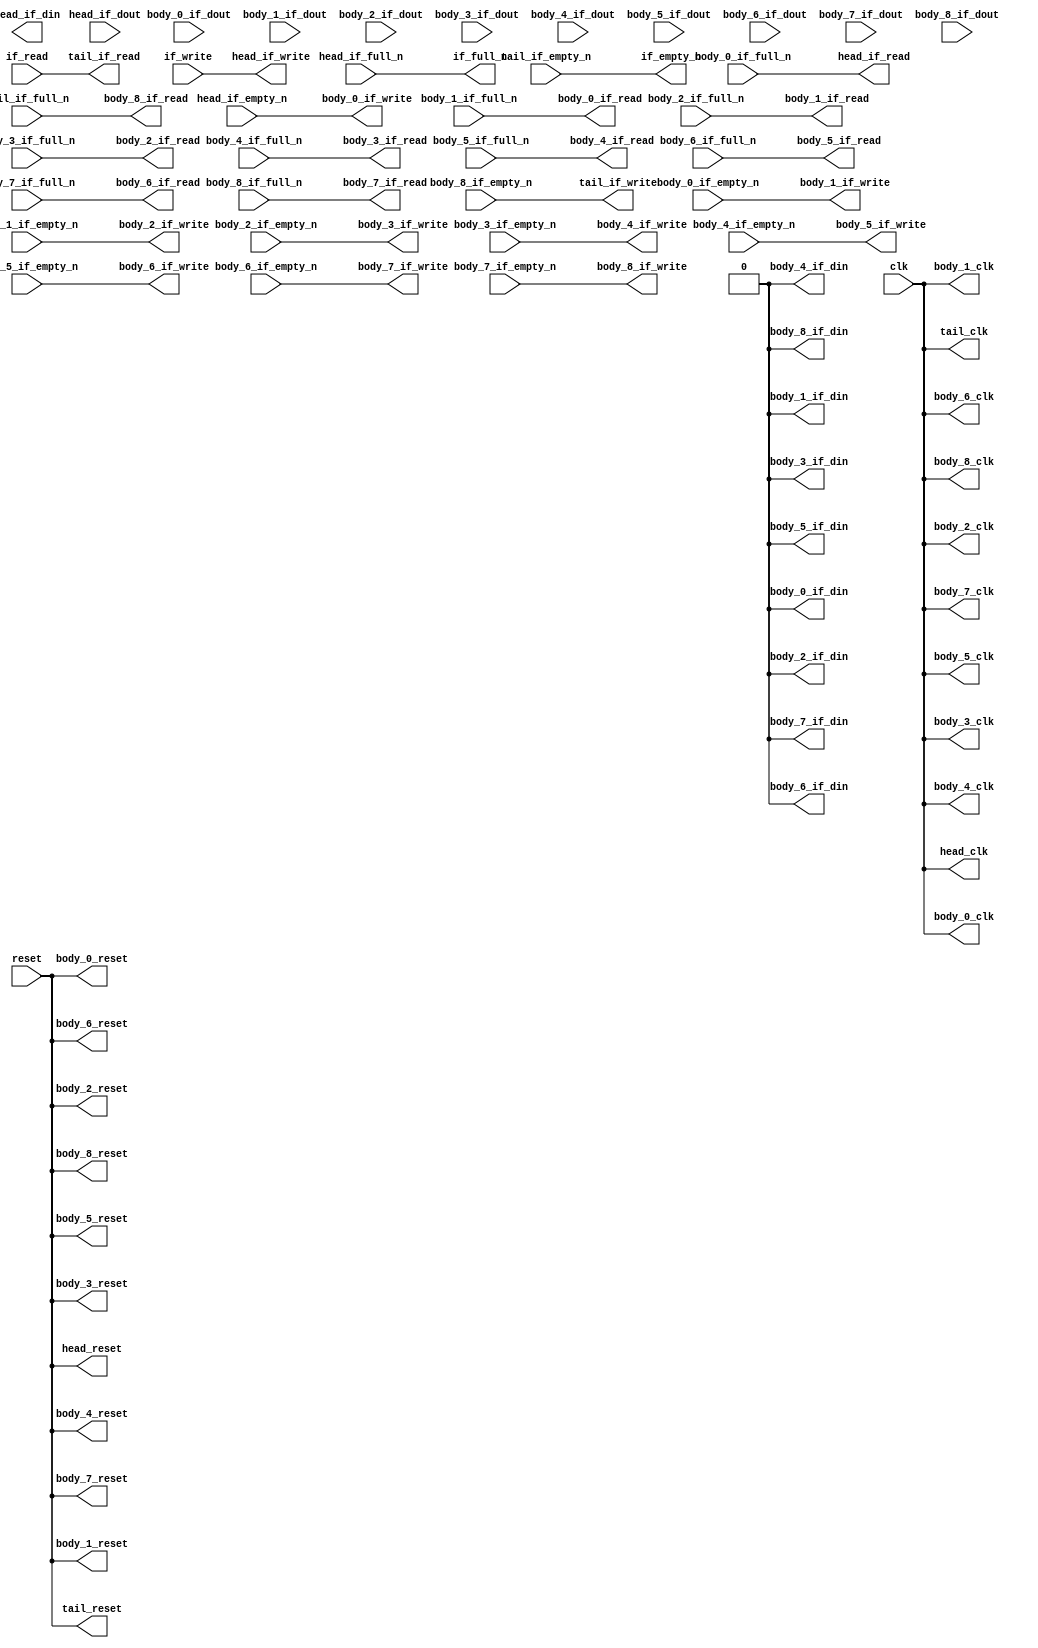
`timescale 1 ns / 1 ps
module __rs___rs_ap_ctrl_pipeline_aux #(
    parameter HEAD_LEVEL      = 0,
    parameter BODY_LEVEL      = 2,
    parameter TAIL_LEVEL      = 0,
    parameter __HEAD_REGION   = "",
    parameter __BODY_0_REGION = "",
    parameter __BODY_1_REGION = "",
    parameter __BODY_2_REGION = "",
    parameter __BODY_3_REGION = "",
    parameter __BODY_4_REGION = "",
    parameter __BODY_5_REGION = "",
    parameter __BODY_6_REGION = "",
    parameter __BODY_7_REGION = "",
    parameter __BODY_8_REGION = "",
    parameter __TAIL_REGION   = "",
    parameter GRACE_PERIOD    = ( BODY_LEVEL + HEAD_LEVEL + TAIL_LEVEL ) * 2
) (
    input wire        clk,
    input wire        reset,
    output wire       if_full_n,
    input wire        if_write,
    output wire       if_empty_n,
    input wire        if_read,
    output wire       head_clk,
    output wire [0:0] head_if_din,
    input wire  [0:0] head_if_dout,
    input wire        head_if_empty_n,
    input wire        head_if_full_n,
    output wire       head_if_read,
    output wire       head_if_write,
    output wire       head_reset,
    output wire       body_0_clk,
    output wire [0:0] body_0_if_din,
    input wire  [0:0] body_0_if_dout,
    input wire        body_0_if_empty_n,
    input wire        body_0_if_full_n,
    output wire       body_0_if_read,
    output wire       body_0_if_write,
    output wire       body_0_reset,
    output wire       body_1_clk,
    output wire [0:0] body_1_if_din,
    input wire  [0:0] body_1_if_dout,
    input wire        body_1_if_empty_n,
    input wire        body_1_if_full_n,
    output wire       body_1_if_read,
    output wire       body_1_if_write,
    output wire       body_1_reset,
    output wire       body_2_clk,
    output wire [0:0] body_2_if_din,
    input wire  [0:0] body_2_if_dout,
    input wire        body_2_if_empty_n,
    input wire        body_2_if_full_n,
    output wire       body_2_if_read,
    output wire       body_2_if_write,
    output wire       body_2_reset,
    output wire       body_3_clk,
    output wire [0:0] body_3_if_din,
    input wire  [0:0] body_3_if_dout,
    input wire        body_3_if_empty_n,
    input wire        body_3_if_full_n,
    output wire       body_3_if_read,
    output wire       body_3_if_write,
    output wire       body_3_reset,
    output wire       body_4_clk,
    output wire [0:0] body_4_if_din,
    input wire  [0:0] body_4_if_dout,
    input wire        body_4_if_empty_n,
    input wire        body_4_if_full_n,
    output wire       body_4_if_read,
    output wire       body_4_if_write,
    output wire       body_4_reset,
    output wire       body_5_clk,
    output wire [0:0] body_5_if_din,
    input wire  [0:0] body_5_if_dout,
    input wire        body_5_if_empty_n,
    input wire        body_5_if_full_n,
    output wire       body_5_if_read,
    output wire       body_5_if_write,
    output wire       body_5_reset,
    output wire       body_6_clk,
    output wire [0:0] body_6_if_din,
    input wire  [0:0] body_6_if_dout,
    input wire        body_6_if_empty_n,
    input wire        body_6_if_full_n,
    output wire       body_6_if_read,
    output wire       body_6_if_write,
    output wire       body_6_reset,
    output wire       body_7_clk,
    output wire [0:0] body_7_if_din,
    input wire  [0:0] body_7_if_dout,
    input wire        body_7_if_empty_n,
    input wire        body_7_if_full_n,
    output wire       body_7_if_read,
    output wire       body_7_if_write,
    output wire       body_7_reset,
    output wire       body_8_clk,
    output wire [0:0] body_8_if_din,
    input wire  [0:0] body_8_if_dout,
    input wire        body_8_if_empty_n,
    input wire        body_8_if_full_n,
    output wire       body_8_if_read,
    output wire       body_8_if_write,
    output wire       body_8_reset,
    output wire       tail_clk,
    input wire        tail_if_empty_n,
    input wire        tail_if_full_n,
    output wire       tail_if_read,
    output wire       tail_if_write,
    output wire       tail_reset
);
    wire                  body_outbound_0_valid;
    wire                  body_outbound_0_ready;
    wire                  body_outbound_1_valid;
    wire                  body_outbound_1_ready;
    wire                  body_outbound_2_valid;
    wire                  body_outbound_2_ready;
    wire                  body_outbound_3_valid;
    wire                  body_outbound_3_ready;
    wire                  body_outbound_4_valid;
    wire                  body_outbound_4_ready;
    wire                  body_outbound_5_valid;
    wire                  body_outbound_5_ready;
    wire                  body_outbound_6_valid;
    wire                  body_outbound_6_ready;
    wire                  body_outbound_7_valid;
    wire                  body_outbound_7_ready;
    wire                  body_outbound_8_valid;
    wire                  body_outbound_8_ready;
    wire                  body_outbound_9_valid;
    wire                  body_outbound_9_ready;
  assign head_clk = clk;
  assign body_outbound_0_valid = head_if_empty_n;
  assign if_full_n = head_if_full_n;
  assign head_if_read = body_outbound_0_ready;
  assign head_if_write = if_write;
  assign head_reset = reset;
  assign body_0_clk = clk;
  assign body_0_if_din = 1'b0;
  assign body_outbound_1_valid = body_0_if_empty_n;
  assign body_outbound_0_ready = body_0_if_full_n;
  assign body_0_if_read = body_outbound_1_ready;
  assign body_0_if_write = body_outbound_0_valid;
  assign body_0_reset = reset;
  assign body_1_clk = clk;
  assign body_1_if_din = 1'b0;
  assign body_outbound_2_valid = body_1_if_empty_n;
  assign body_outbound_1_ready = body_1_if_full_n;
  assign body_1_if_read = body_outbound_2_ready;
  assign body_1_if_write = body_outbound_1_valid;
  assign body_1_reset = reset;
  assign body_2_clk = clk;
  assign body_2_if_din = 1'b0;
  assign body_outbound_3_valid = body_2_if_empty_n;
  assign body_outbound_2_ready = body_2_if_full_n;
  assign body_2_if_read = body_outbound_3_ready;
  assign body_2_if_write = body_outbound_2_valid;
  assign body_2_reset = reset;
  assign body_3_clk = clk;
  assign body_3_if_din = 1'b0;
  assign body_outbound_4_valid = body_3_if_empty_n;
  assign body_outbound_3_ready = body_3_if_full_n;
  assign body_3_if_read = body_outbound_4_ready;
  assign body_3_if_write = body_outbound_3_valid;
  assign body_3_reset = reset;
  assign body_4_clk = clk;
  assign body_4_if_din = 1'b0;
  assign body_outbound_5_valid = body_4_if_empty_n;
  assign body_outbound_4_ready = body_4_if_full_n;
  assign body_4_if_read = body_outbound_5_ready;
  assign body_4_if_write = body_outbound_4_valid;
  assign body_4_reset = reset;
  assign body_5_clk = clk;
  assign body_5_if_din = 1'b0;
  assign body_outbound_6_valid = body_5_if_empty_n;
  assign body_outbound_5_ready = body_5_if_full_n;
  assign body_5_if_read = body_outbound_6_ready;
  assign body_5_if_write = body_outbound_5_valid;
  assign body_5_reset = reset;
  assign body_6_clk = clk;
  assign body_6_if_din = 1'b0;
  assign body_outbound_7_valid = body_6_if_empty_n;
  assign body_outbound_6_ready = body_6_if_full_n;
  assign body_6_if_read = body_outbound_7_ready;
  assign body_6_if_write = body_outbound_6_valid;
  assign body_6_reset = reset;
  assign body_7_clk = clk;
  assign body_7_if_din = 1'b0;
  assign body_outbound_8_valid = body_7_if_empty_n;
  assign body_outbound_7_ready = body_7_if_full_n;
  assign body_7_if_read = body_outbound_8_ready;
  assign body_7_if_write = body_outbound_7_valid;
  assign body_7_reset = reset;
  assign body_8_clk = clk;
  assign body_8_if_din = 1'b0;
  assign body_outbound_9_valid = body_8_if_empty_n;
  assign body_outbound_8_ready = body_8_if_full_n;
  assign body_8_if_read = body_outbound_9_ready;
  assign body_8_if_write = body_outbound_8_valid;
  assign body_8_reset = reset;
  assign tail_clk = clk;
  assign if_empty_n = tail_if_empty_n;
  assign body_outbound_9_ready = tail_if_full_n;
  assign tail_if_read = if_read;
  assign tail_if_write = body_outbound_9_valid;
  assign tail_reset = reset;
endmodule